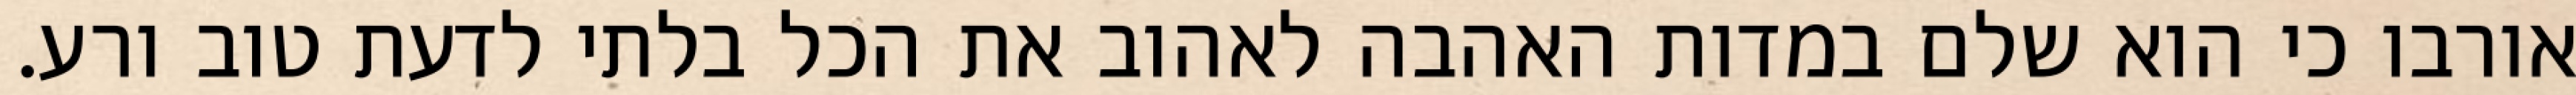
אורבו כי הוא שלם במדות האהבה לאהוב את הכל בלתי לדעת טוב ורע.